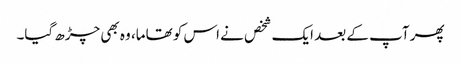
پھر آپ کے بعد ایک شخص نے اس کو تھاما، وہ بھی چڑھ گیا۔